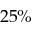
2 5 \%